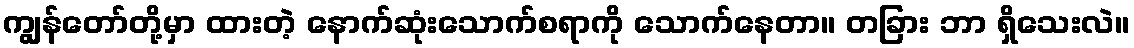
ကျွန်တော်တို့မှာ ထားတဲ့ နောက်ဆုံးသောက်စရာကို သောက်နေတာ။ တခြား ဘာ ရှိသေးလဲ။